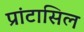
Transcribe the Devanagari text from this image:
प्रांटासिल